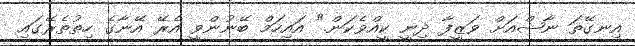
އިނގޭތަ ނާޝްއަށް ވަޒީފާ ދިނީ ކީއްވެކަން." އައިހަމް ބޭނުންވީ އެރޭ އޭނާގެ ހިތުތެރޭގައި